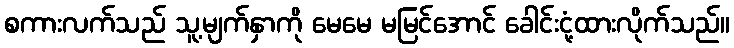
စကားလက်သည် သူ့မျက်နှာကို မေမေ မမြင်အောင် ခေါင်းငုံ့ထားလိုက်သည်။